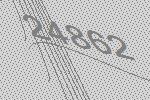
24862